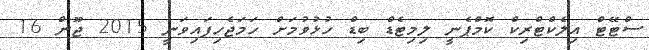
ސްޓޭޓް އިލެކްޓްރިކް ކޮމްޕެނީ ލިމިޓެޑް ބިޑް ހުޅުވުމަށް ހަމަޖެހިފައިވަނީ 2015 ޖޫން 16